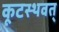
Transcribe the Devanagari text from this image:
कूटस्थवत्‌